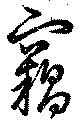
竊